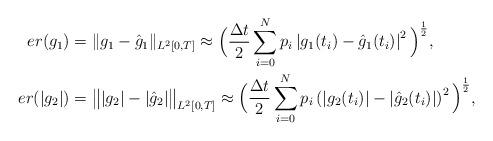
LaTeX: \begin{align*} er(g_1) &= \|g_1-\hat g_1\|_{ L^2[0,T] } \approx \Big( \frac{\Delta t}{2} \sum_{i=0}^N p_i \left| g_1(t_i)-\hat g_1(t_i) \right|^2 \Big)^\frac{1}{2}, \\er(|g_2|) &= \big\| |g_2|- |\hat g_2| \big\|_{ L^2[0,T] } \approx \Big( \frac{\Delta t}{2} \sum_{i=0}^N p_i \left( |g_2(t_i)|-|\hat g_2(t_i)| \right)^2 \Big)^\frac{1}{2},\end{align*}